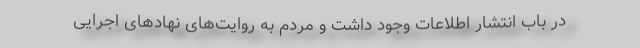
در باب انتشار اطلاعات وجود داشت و مردم به روایت‌های نهادهای اجرایی